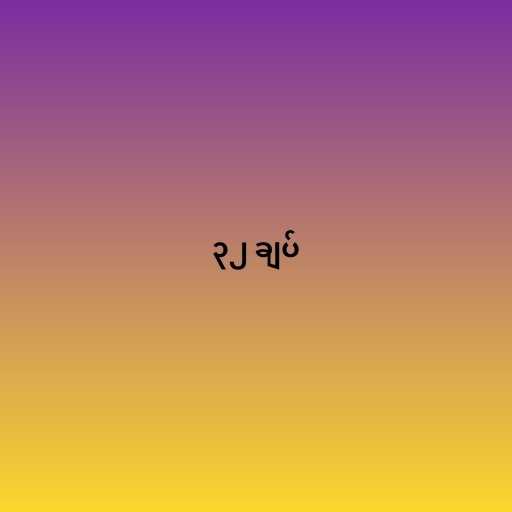
၃၂ ချပ်